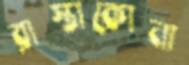
রাস্তাকোনা